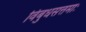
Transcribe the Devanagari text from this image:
विबुधसत्तमाः